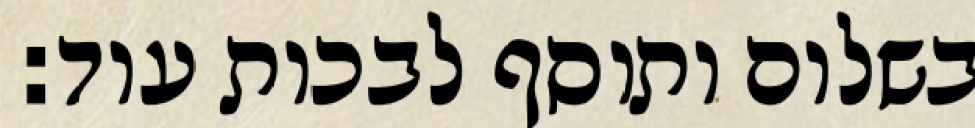
בשלום ותוסף לבכות עוד: